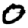
Digit: 0